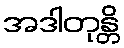
အဒါတုန္တိ